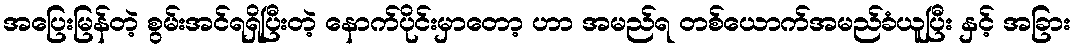
အပြေးမြန်တဲ့ စွမ်းအင်ရရှိပြီးတဲ့ နောက်ပိုင်းမှာတော့ ဟာ အမည်ရ တစ်ယောက်အမည်ခံယူပြီး နှင့် အခြား